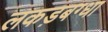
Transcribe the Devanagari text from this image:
लकड़बग्धा